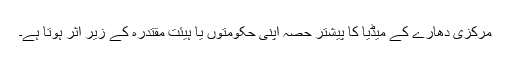
مرکزی دھارے کے میڈیا کا پیشتر حصہ اپنی حکومتوں یا ہیئت مقتدرہ کے زیر اثر ہوتا ہے۔